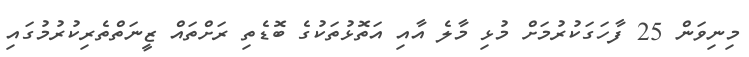
މިނިވަން 25 ފާހަގަކުރުމަށް މުޅި މާލެ އާއި އަތޮޅުތަކުގެ ބޮޑެތި ރަށްތައް ޒީނަތްތެރިކުރުމުގައި